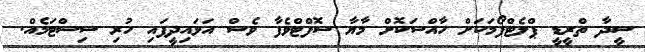
ސީދާ ތްރީޑީ ޕްލެޓްފޯމަކަށް ހާއްސަކޮށް މާޔާ ސޮފްޓްވެފާ ވެސް އަޅައިދީފައި ހުރި ސިސްޓަމެއް.